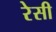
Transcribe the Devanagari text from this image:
रेसी